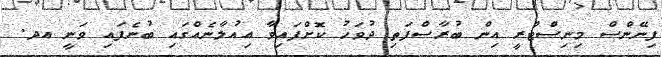
ފިނޭންސް މިނިސްޓްރީ އިން ބުރާސްފަތި ދުވަހު ކޮށްފައިވާ އިއުލާނެއްގައި ބުނެފައި ވަނީ އދ.